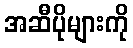
အဆီပိုများကို